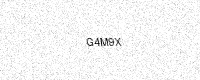
Text: G4M9X